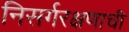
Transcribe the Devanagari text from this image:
निसर्गरक्षणाची